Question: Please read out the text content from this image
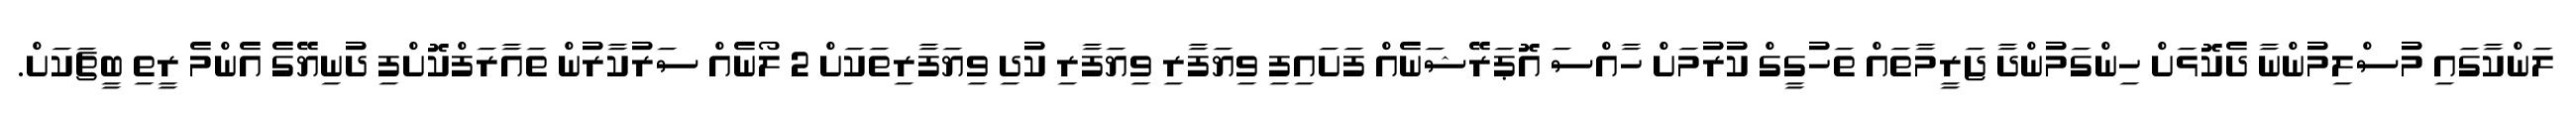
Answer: ލަންކާގައި މުސްލިމުންނާ ދެކޮޅަށް ހިންގަމުންދާ ޖަރީމާތައް ތަހުގީގް ކުރުމަށް ހާއްސަ އޮޕަރޭޝަނެއް ފަށައިފި ވިޔަފާރި ވިޔަފާރި ކުދި ވިޔަފާރިތަކަށް 2 ލޯނެއް ސަރުކާރުން ތައާރަފްކޮށްފި ދުނިޔޭގެ އެންމެ ރީތި ބީޗަކަށް.